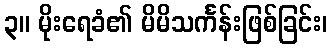
၃။ မိုးရေခံ၏ မိမိသင်္ကန်းဖြစ်ခြင်း၊